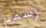
رسميا